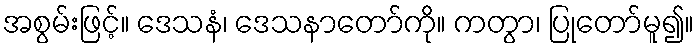
အစွမ်းဖြင့်။ ဒေသနံ၊ ဒေသနာတော်ကို။ ကတွာ၊ ပြုတော်မူ၍။